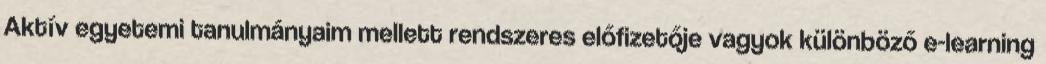
Aktív egyetemi tanulmányaim mellett rendszeres előfizetője vagyok különböző e-learning